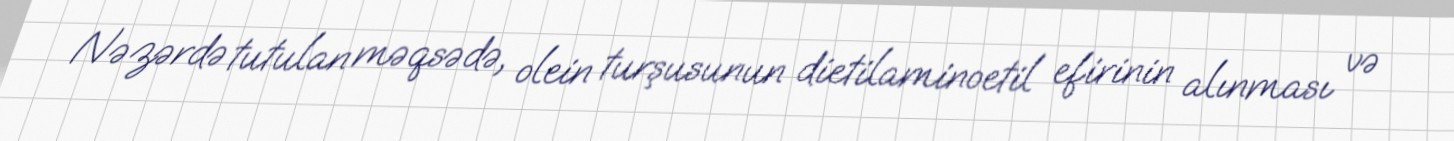
Nəzərdə tutulan məqsədə, olein turşusunun dietilaminoetil efirinin alınması və